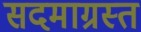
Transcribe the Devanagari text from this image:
सदमाग्रस्त